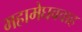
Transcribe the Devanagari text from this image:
महामेघववाह